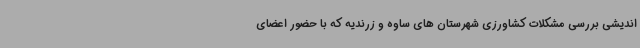
اندیشی بررسی مشکلات کشاورزی شهرستان های ساوه و زرندیه که با حضور اعضای